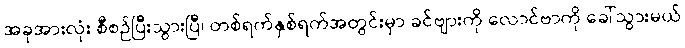
အခုအားလုံး စီစဉ်ပြီးသွားပြီ၊ တစ်ရက်နှစ်ရက်အတွင်းမှာ ခင်ဗျားကို လောင်ဗာကို ခေါ်သွားမယ်